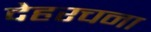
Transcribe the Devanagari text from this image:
देहरचना